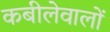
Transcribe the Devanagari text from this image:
कबीलेवालों